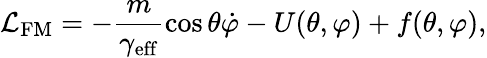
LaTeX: \mathcal{L}_{\mathrm{FM}}=-\frac{m}{\gamma_{\mathrm{eff}}}\cos\theta\dot{\varphi}-U(\theta,\varphi)+f(\theta,\varphi),